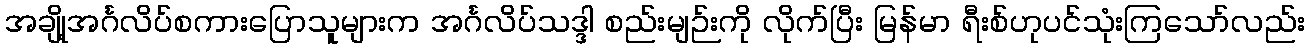
အချို့အင်္ဂလိပ်စကားပြောသူများက အင်္ဂလိပ်သဒ္ဒါ စည်းမျဉ်းကို လိုက်ပြီး မြန်မာ ရီးစ်ဟုပင်သုံးကြသော်လည်း